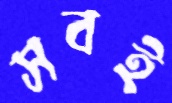
সবই